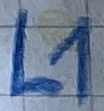
Text: L1